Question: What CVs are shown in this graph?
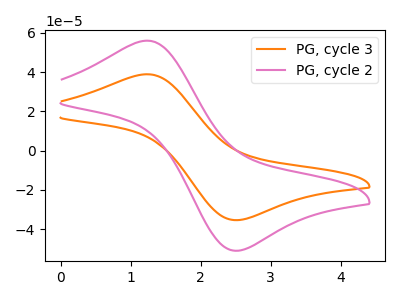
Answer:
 <answer>The orange curve is labeled "PG, cycle 3". The pink curve is labeled "PG, cycle 2".</answer>
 <eval></eval>